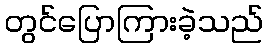
တွင်ပြောကြားခဲ့သည်